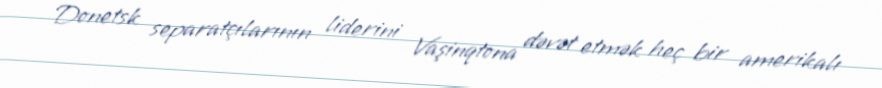
Donetsk separatçılarının liderini Vaşinqtona dəvət etmək heç bir amerikalı